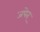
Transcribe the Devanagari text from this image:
जपेत्